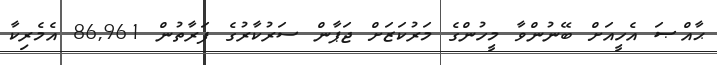
ޙާއްޞަ އެހީއަށް ބޭނުންވާ މީހުންގެ މަރުކަޒަށް ޖަޕާން ސަރުކާރުގެ ފަރާތުން 86